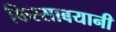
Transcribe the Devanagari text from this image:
किस्साबयानी